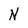
Character: N